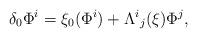
LaTeX: \begin{align*}\delta_0\Phi^i=\xi_0(\Phi^i)+\Lambda^{i}{}_{j}(\xi)\Phi^j,\end{align*}